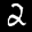
Label: 2